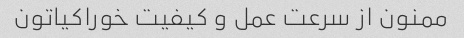
ممنون از سرعت عمل و کیفیت خوراکیاتون